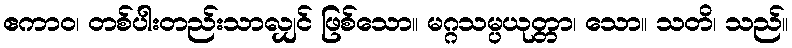
ဧကာဝ၊ တစ်ပါးတည်းသာလျှင် ဖြစ်သော။ မဂ္ဂသမ္ပယုတ္တာ၊ သော။ သတိ၊ သည်။